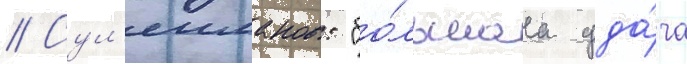
// Сул'еиманов: "бо́льшаа уда́ча